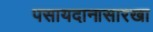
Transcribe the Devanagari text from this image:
पसायदानासारखा